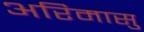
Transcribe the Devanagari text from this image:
अरिमासु